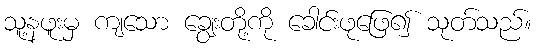
သူ့နဖူးမှ ကျသော ချွေးတို့ကို ခေါင်းဖုဖြေ၍ သုတ်သည်။